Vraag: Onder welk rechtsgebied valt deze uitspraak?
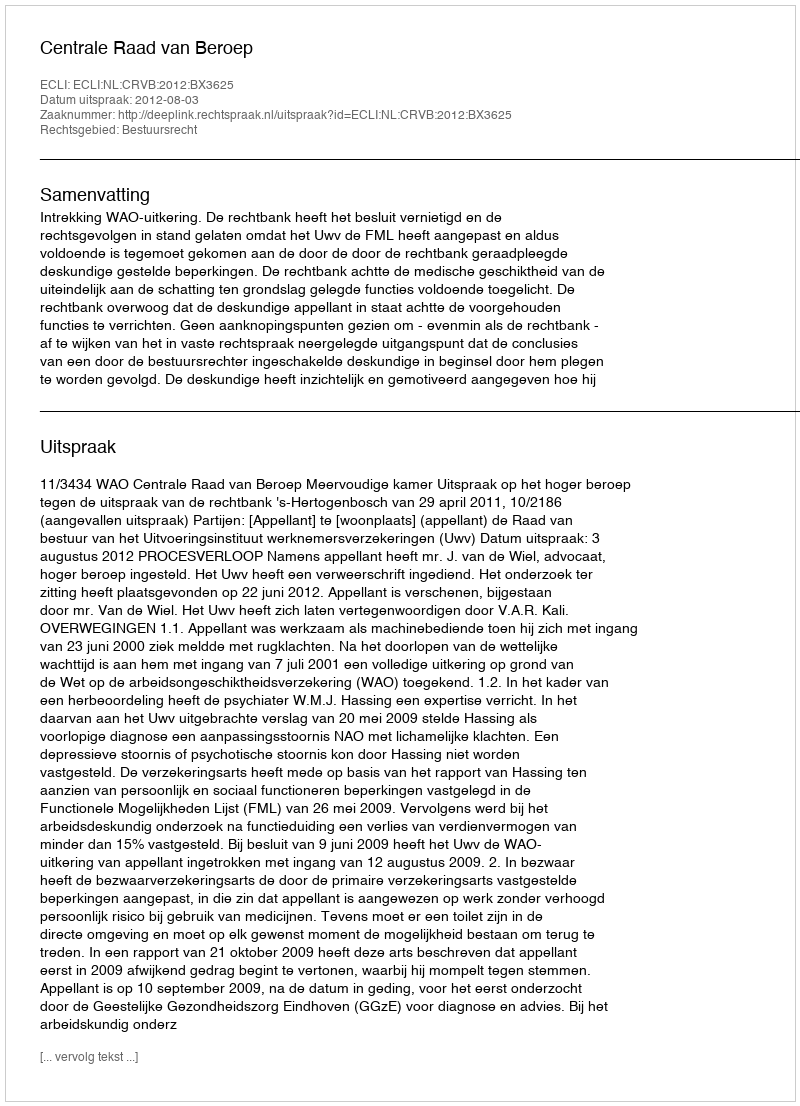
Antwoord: Bestuursrecht